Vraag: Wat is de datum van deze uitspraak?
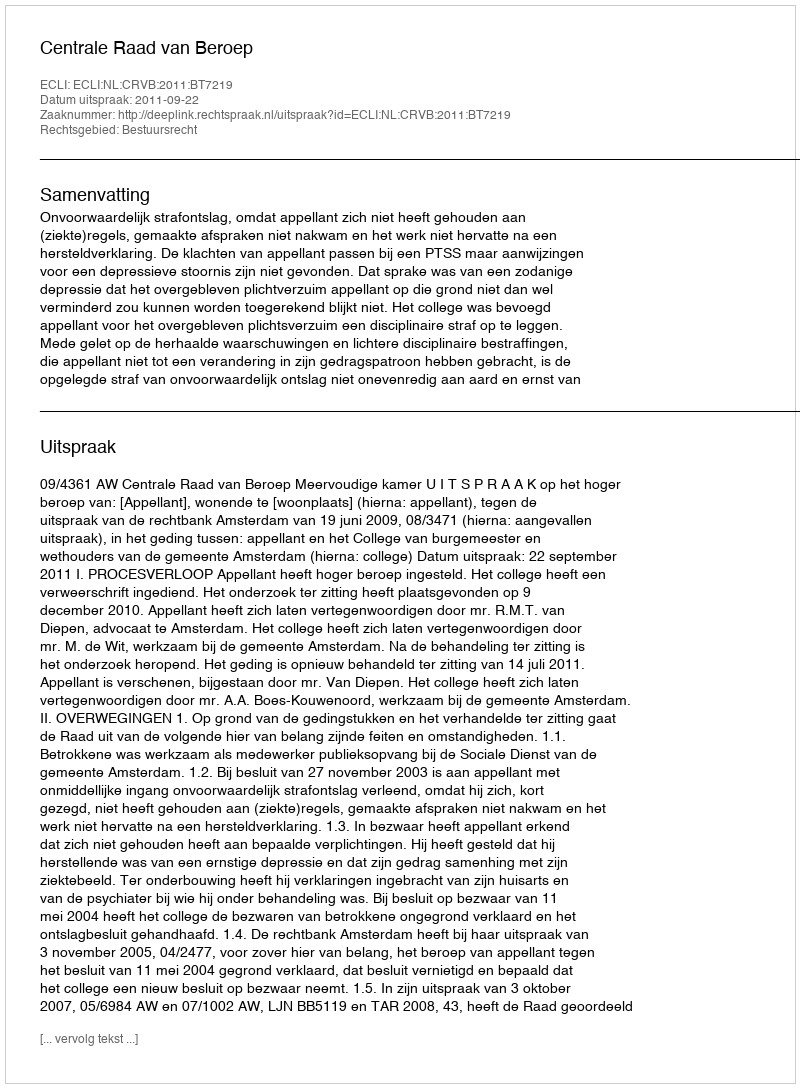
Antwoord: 2011-09-22